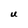
Character: U